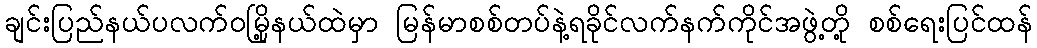
ချင်းပြည်နယ်ပလက်ဝမြို့နယ်ထဲမှာ မြန်မာစစ်တပ်နဲ့ရခိုင်လက်နက်ကိုင်အဖွဲ့တို့ စစ်ရေးပြင်ထန်